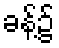
ခန့်၌